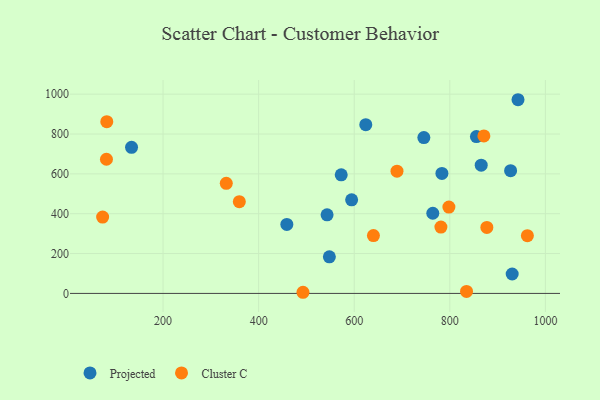
{"axis": {"x": "Study Hours", "y": "Salary"}, "legend": ["Cluster C", "Projected"], "data": [{"x": "927.2", "y": 616.1, "type": "Projected"}, {"x": "543.2", "y": 394.3, "type": "Projected"}, {"x": "745.7", "y": 782.0, "type": "Projected"}, {"x": "572.8", "y": 595.2, "type": "Projected"}, {"x": "459.0", "y": 346.4, "type": "Projected"}, {"x": "930.5", "y": 97.5, "type": "Projected"}, {"x": "865.7", "y": 643.8, "type": "Projected"}, {"x": "624.2", "y": 846.9, "type": "Projected"}, {"x": "548.0", "y": 183.4, "type": "Projected"}, {"x": "855.7", "y": 787.2, "type": "Projected"}, {"x": "783.5", "y": 602.3, "type": "Projected"}, {"x": "594.6", "y": 469.9, "type": "Projected"}, {"x": "942.7", "y": 972.1, "type": "Projected"}, {"x": "134.1", "y": 733.4, "type": "Projected"}, {"x": "764.4", "y": 402.4, "type": "Projected"}, {"x": "332.3", "y": 552.5, "type": "Cluster C"}, {"x": "640.2", "y": 290.1, "type": "Cluster C"}, {"x": "82.3", "y": 862.0, "type": "Cluster C"}, {"x": "73.6", "y": 383.2, "type": "Cluster C"}, {"x": "871.3", "y": 790.3, "type": "Cluster C"}, {"x": "781.4", "y": 332.9, "type": "Cluster C"}, {"x": "835.0", "y": 9.8, "type": "Cluster C"}, {"x": "689.5", "y": 613.6, "type": "Cluster C"}, {"x": "962.3", "y": 290.0, "type": "Cluster C"}, {"x": "877.5", "y": 331.1, "type": "Cluster C"}, {"x": "798.1", "y": 433.2, "type": "Cluster C"}, {"x": "359.6", "y": 460.5, "type": "Cluster C"}, {"x": "492.8", "y": 5.7, "type": "Cluster C"}, {"x": "81.6", "y": 673.3, "type": "Cluster C"}]}